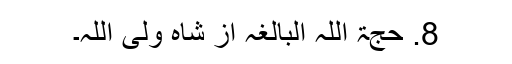
8. حجۃ اللہ البالغہ از شاہ ولی اللہ۔